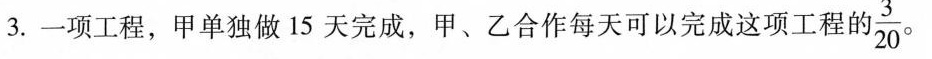
3.一项工程，甲单独做15天完成，甲、乙合作每天可以完成这项工程 \frac{3}{20}